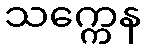
သက္ကေန